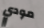
مودي